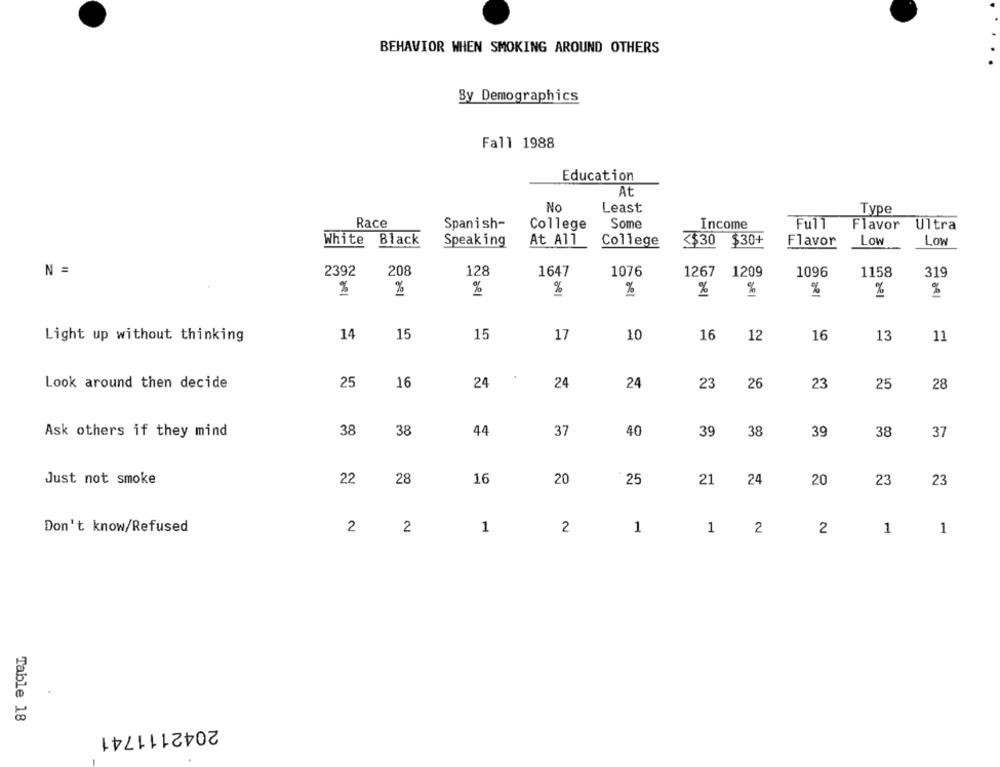
BEHAVIOR WHEN SMOKING AROUND OTHERS
By Demographics
Fall 1988
Education
At
No
Least
Type
Race
Spanish-
College
Some
Income
Full Flavor Ultra
White Black
Speak ing
At All
College
<$30 $30+
Flavor
Low
Low
N =
2392
208
128
1647
1076
1267
1209
1096
1158
319
%
%
%
14
15
15
17
10
16
12
16
13
11
Light up without thinking
25
16
23
26
25
28
Look around then decide
24
24
24
23
Ask others if they mind
38
38
44
37
40
39
38
39
38
37
Just not smoke
22
28
16
20
25
21 24
20
23
23
Don't know/Refused
2
1
2
1
2
1
1
2
1 2
Table 18
2042111741